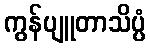
ကွန်ပျူတာသိပ္ပံ